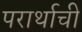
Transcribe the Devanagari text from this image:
परार्थाची